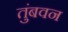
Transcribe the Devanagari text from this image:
तुंबवन